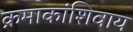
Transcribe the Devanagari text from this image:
क्रमाकांशिवाय